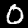
Label: 0